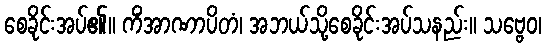
စေခိုင်းအပ်၏။ ကိံအာဏာပိတံ၊ အဘယ်သို့စေခိုင်းအပ်သနည်း။ သဗ္ဗေဝ၊